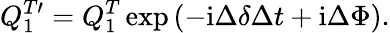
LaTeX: Q_{1}^{T\prime}=Q_{1}^{T}\exp\left(-\mathrm{i}\Delta\delta\Delta t+\mathrm{i}\Delta\Phi\right).